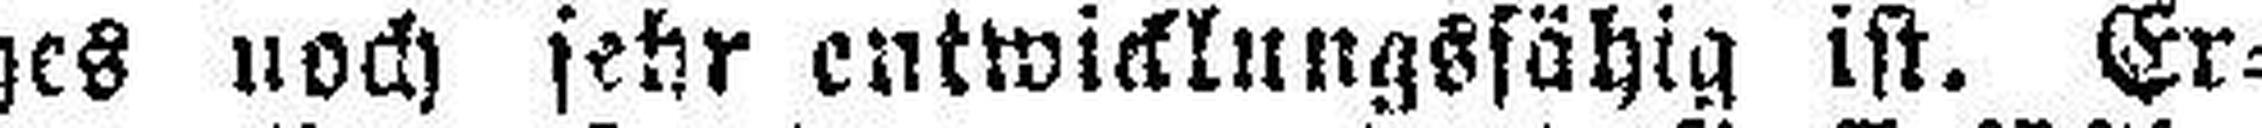
ches noch sehr entwicklungsfähig ist. Er¬